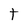
Character: t